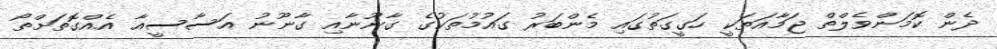
ދެން ކޮމަންވެލްތް ޖަމާއަތަކީ ހަގީގަތުގައި މެންބަރު ގައުމުތަކުގެ ގާނޫނާއި ގާނޫނު އަސާސީއާ އެއްގޮތަށްތޯ